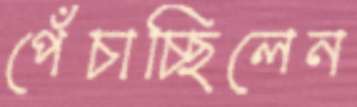
পেঁচাচ্ছিলেন